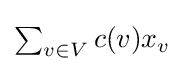
\textstyle \sum _{v\in V}c(v)x_{v}